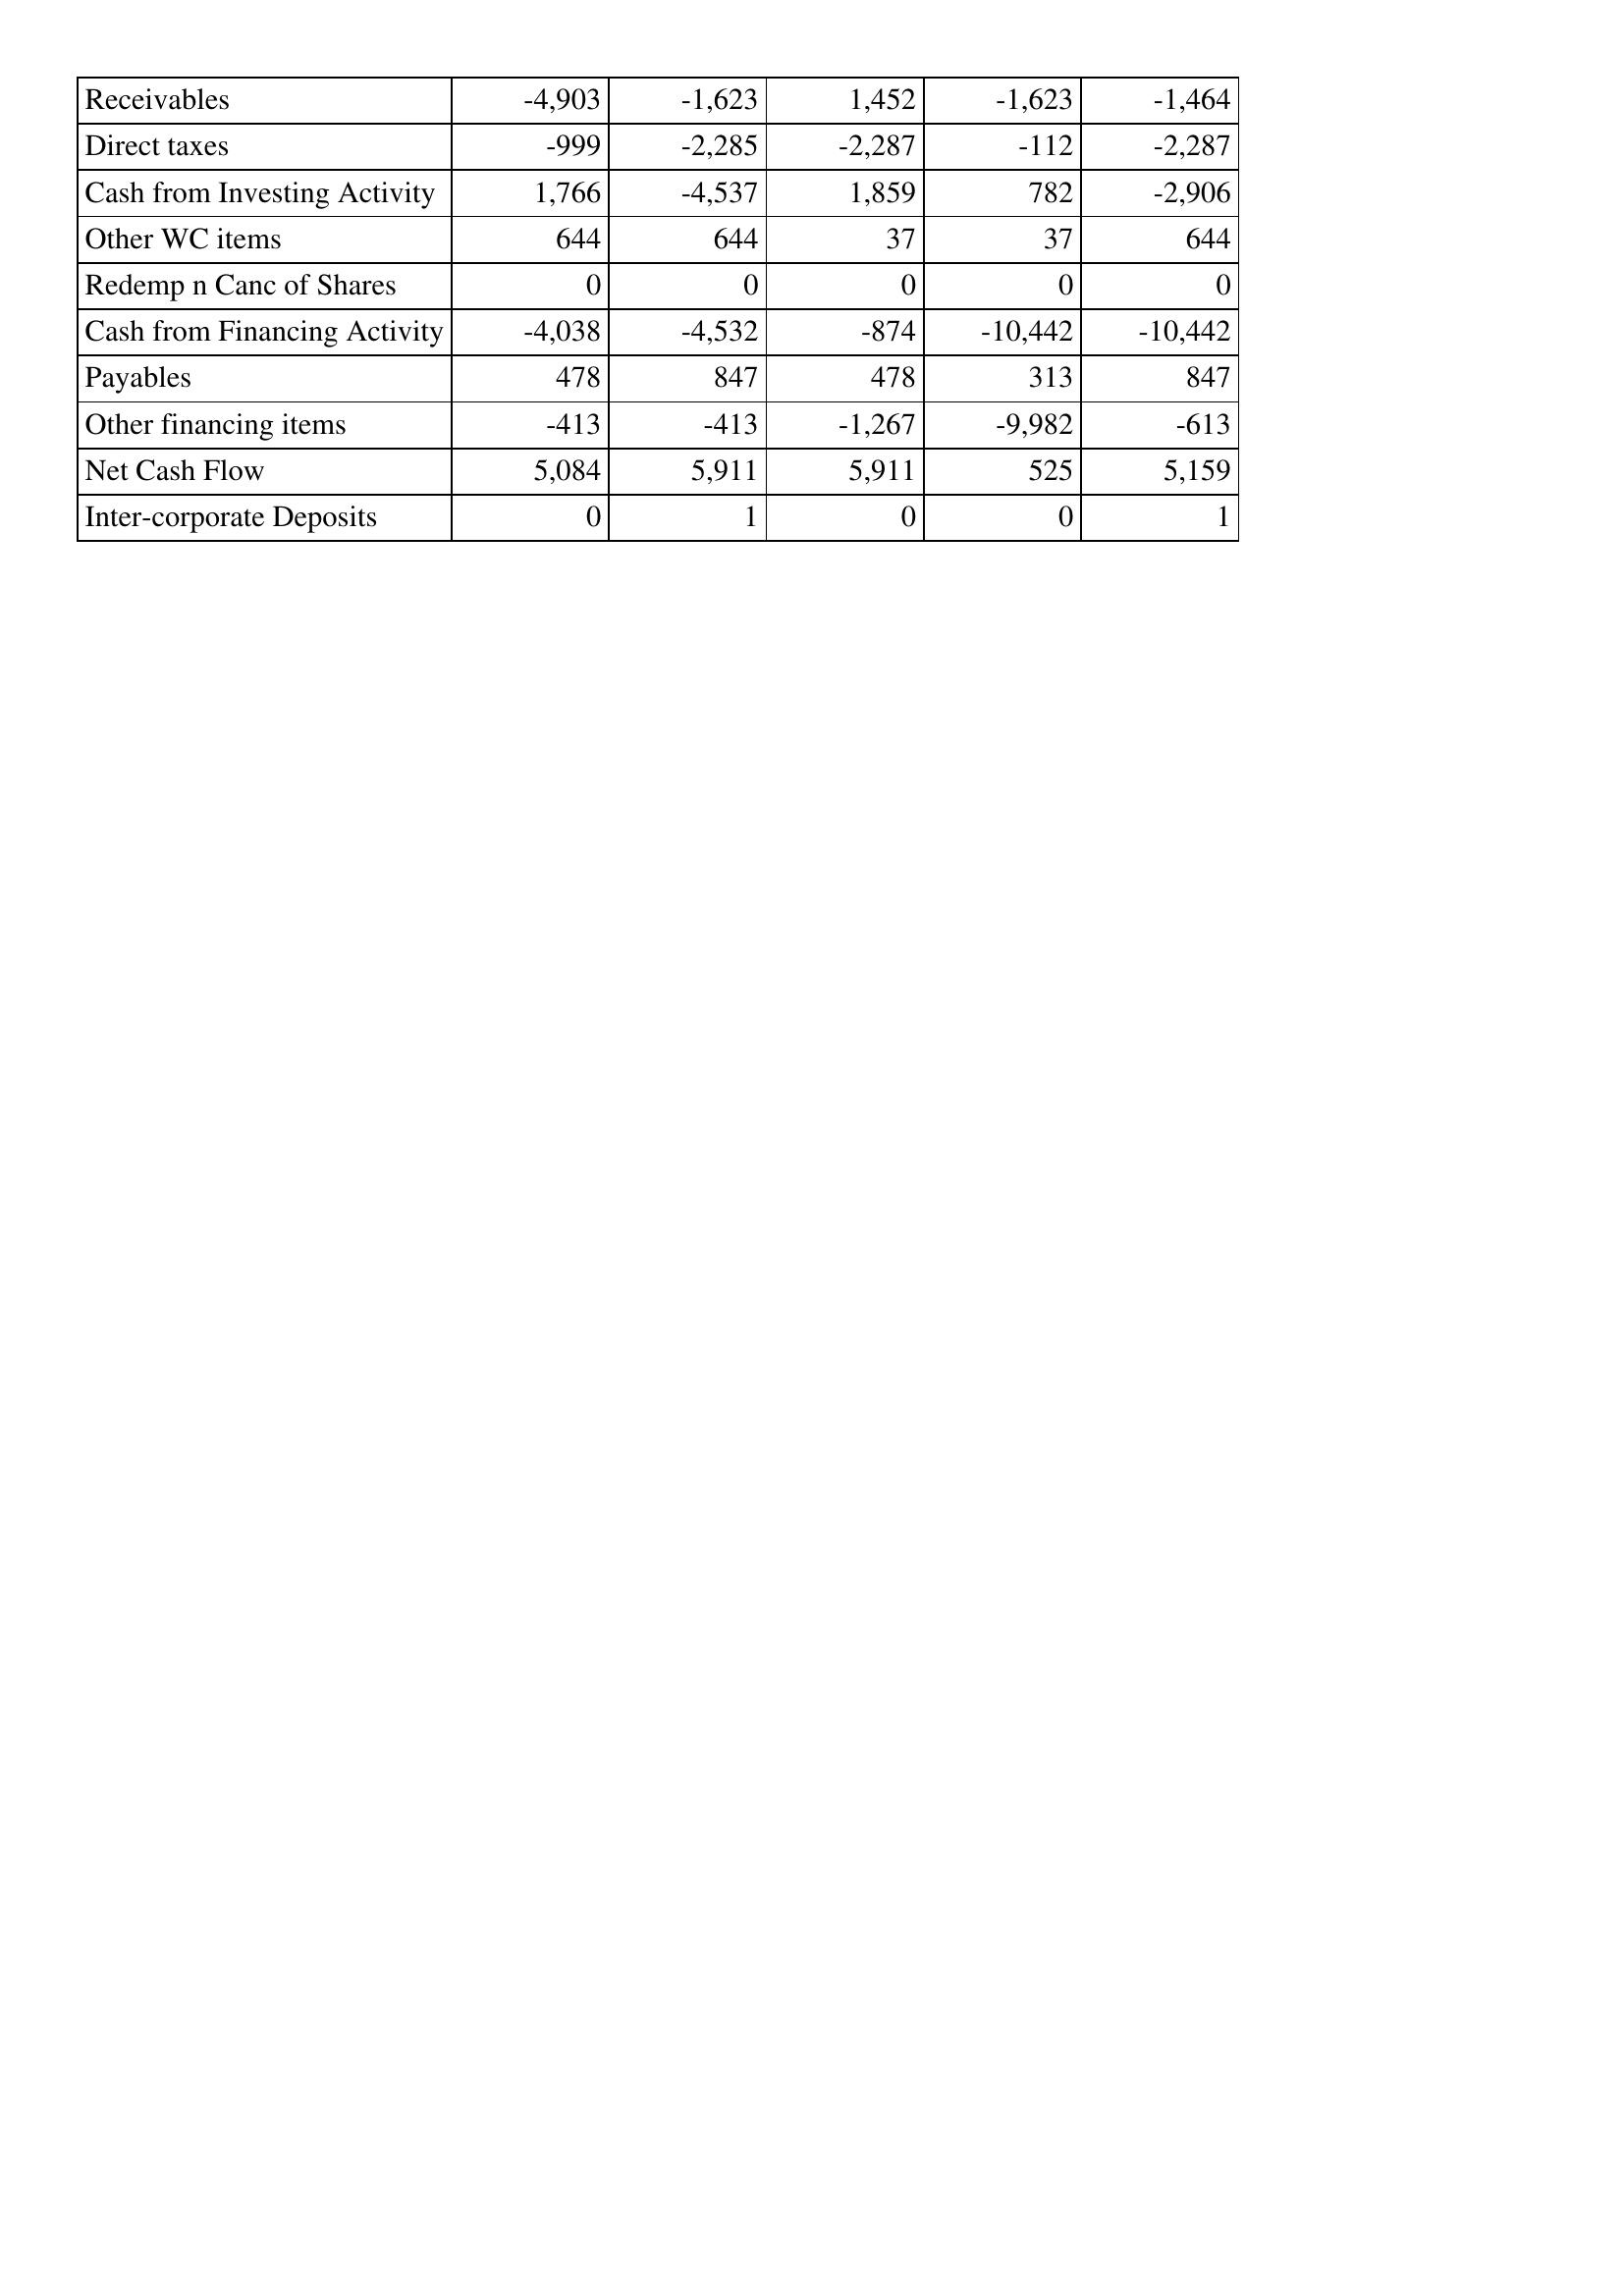
Oct-07: Cash Flows: Receivables: -4,903
Direct taxes: -999
Cash from Investing Activity: 1,766
Other WC items: 644
Redemp n Canc of Shares: 0
Cash from Financing Activity: -4,038
Payables: 478
Other financing items: -413
Net Cash Flow: 5,084
Inter-corporate Deposits: 0
Oct-08: Cash Flows: Receivables: -1,623
Direct taxes: -2,285
Cash from Investing Activity: -4,537
Other WC items: 644
Redemp n Canc of Shares: 0
Cash from Financing Activity: -4,532
Payables: 847
Other financing items: -413
Net Cash Flow: 5,911
Inter-corporate Deposits: 1
Oct-09: Cash Flows: Receivables: 1,452
Direct taxes: -2,287
Cash from Investing Activity: 1,859
Other WC items: 37
Redemp n Canc of Shares: 0
Cash from Financing Activity: -874
Payables: 478
Other financing items: -1,267
Net Cash Flow: 5,911
Inter-corporate Deposits: 0
Oct-10: Cash Flows: Receivables: -1,623
Direct taxes: -112
Cash from Investing Activity: 782
Other WC items: 37
Redemp n Canc of Shares: 0
Cash from Financing Activity: -10,442
Payables: 313
Other financing items: -9,982
Net Cash Flow: 525
Inter-corporate Deposits: 0
Oct-11: Cash Flows: Receivables: -1,464
Direct taxes: -2,287
Cash from Investing Activity: -2,906
Other WC items: 644
Redemp n Canc of Shares: 0
Cash from Financing Activity: -10,442
Payables: 847
Other financing items: -613
Net Cash Flow: 5,159
Inter-corporate Deposits: 1